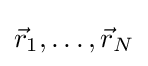
{\vec {r}}_{1},\ldots ,{\vec {r}}_{N}